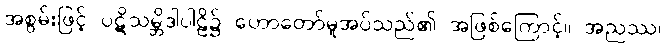
အစွမ်းဖြင့် ပဋိသမ္ဘိဒါပါဠိ၌ ဟောတော်မူအပ်သည်၏ အဖြစ်ကြောင့်။ အညဿ၊